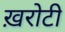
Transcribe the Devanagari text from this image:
ख़रोटी